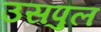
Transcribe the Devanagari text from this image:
उसपुल